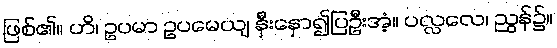
ဖြစ်၏။ ဟိ၊ ဥပမာ ဥပမေယျ နှီးနှော၍ပြဦးအံ့။ ပလ္လလေ၊ ညွန်၌။